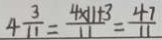
4 \frac { 3 } { 1 1 } = \frac { 4 \times 1 1 + 3 } { 1 1 } = \frac { 4 7 } { 1 1 }